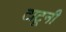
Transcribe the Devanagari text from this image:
टाटूनी